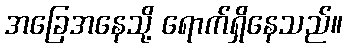
အခြေအနေသို့ ရောက်ရှိနေသည်။